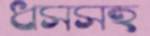
ধসসহ